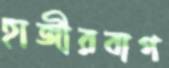
হাজীরবাগ